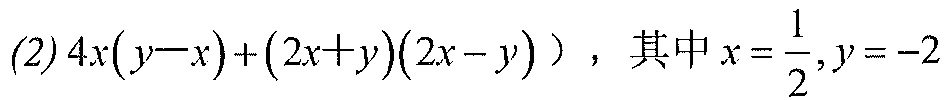
(2)\(4x(y - x)+(2x + y)(2x - y)\)，其中\(x=\dfrac{1}{2},y = - 2\)